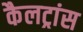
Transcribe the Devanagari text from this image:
कैलट्रांस